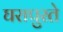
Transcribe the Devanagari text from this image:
घरापुरते